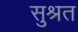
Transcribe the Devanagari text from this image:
सुश्रत